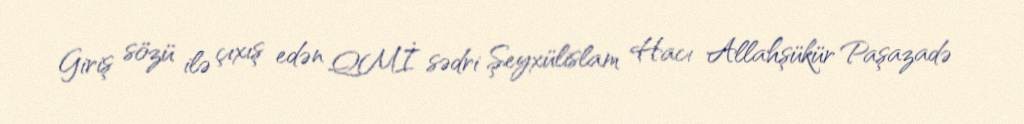
Giriş sözü ilə çıxış edən QMİ sədri Şeyxülislam Hacı Allahşükür Paşazadə